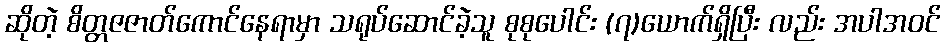
ဆိုတဲ့ စိတ္တဇဇာတ်ကောင်နေရာမှာ သရုပ်ဆောင်ခဲ့သူ စုစုပေါင်း (၇)ယောက်ရှိပြီး လည်း အပါအဝင်